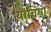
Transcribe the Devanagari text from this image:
यांचिया